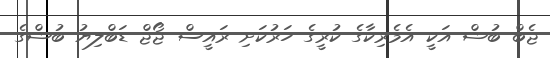
ޖެބް ބުޝް އަކީ އެމެރިކާގެ ކުރީގެ ހަރުކަށި ރައީސް ޖޯޖް ޑަބްލިޔު ބުޝްގެ